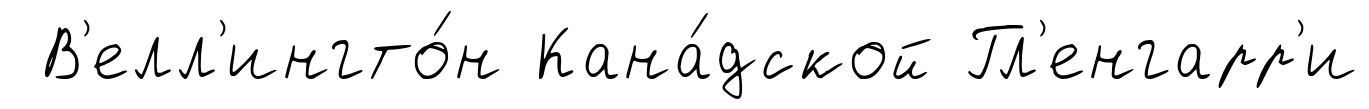
В'елл'ингто́н Кана́дской Гл'енгарр'и